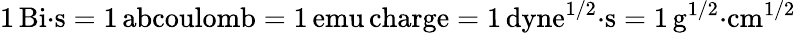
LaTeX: \mathrm{1\, Bi{\cdot}s=1\, abcoulomb=1\, emu\, charge=1\, dyne^{1/2}{\cdot}s=1\, g^{1/2}{\cdot}cm^{1/2}}